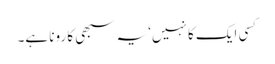
کسی ایک کا نہیں‘ یہ سبھی کا رونا ہے۔